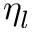
\eta _ { l }